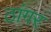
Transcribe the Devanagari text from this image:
ठांगर